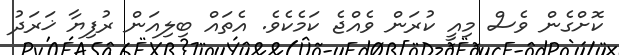
ކޮށްގެން ވެސް މިއީ ކުރަން ވެއްޖެ ކަމެކެވެ. އެތައް ބިލިއަން ރުފިޔާ ޚަރަދު